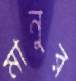
মানুর